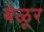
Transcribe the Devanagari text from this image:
बेळूर